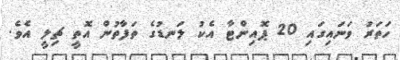
ހަތަރު ވަނައިގައި 20 ޕޮއިންޓާ އެކު ލަނޑުގެ ތަފާތުން އޮތީ ޗިލީ އެވެ.